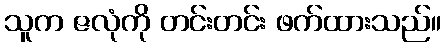
သူက ဇလုံကို တင်းတင်း ဖက်ထားသည်။